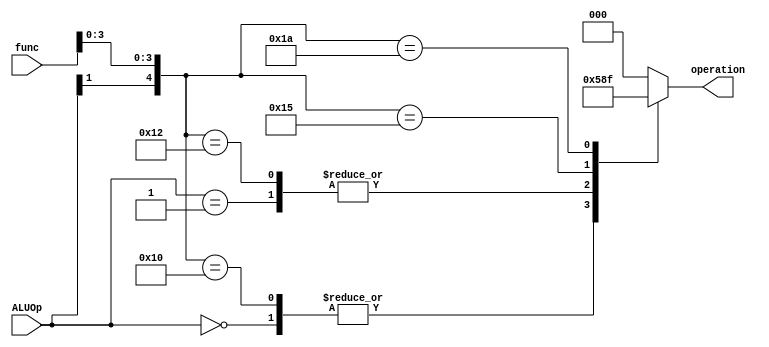
module ALU_control (
	input [1:0] ALUOp,
	input [5:0] func,
	output reg [2:0] operation);
	always @(*)
	begin
		casex ({ALUOp, func})
		8'b00xxxxxx: operation = 3'b010;
		8'b01xxxxxx: operation = 3'b110;
		8'b1xxx0000: operation = 3'b010;
		8'b1xxx0010: operation = 3'b110;
		8'b1xxx0100: operation = 3'b000;
		8'b1xxx0101: operation = 3'b001;
		8'b1xxx1010: operation = 3'b111;
		default : operation = 3'b000;
		endcase
	end

endmodule